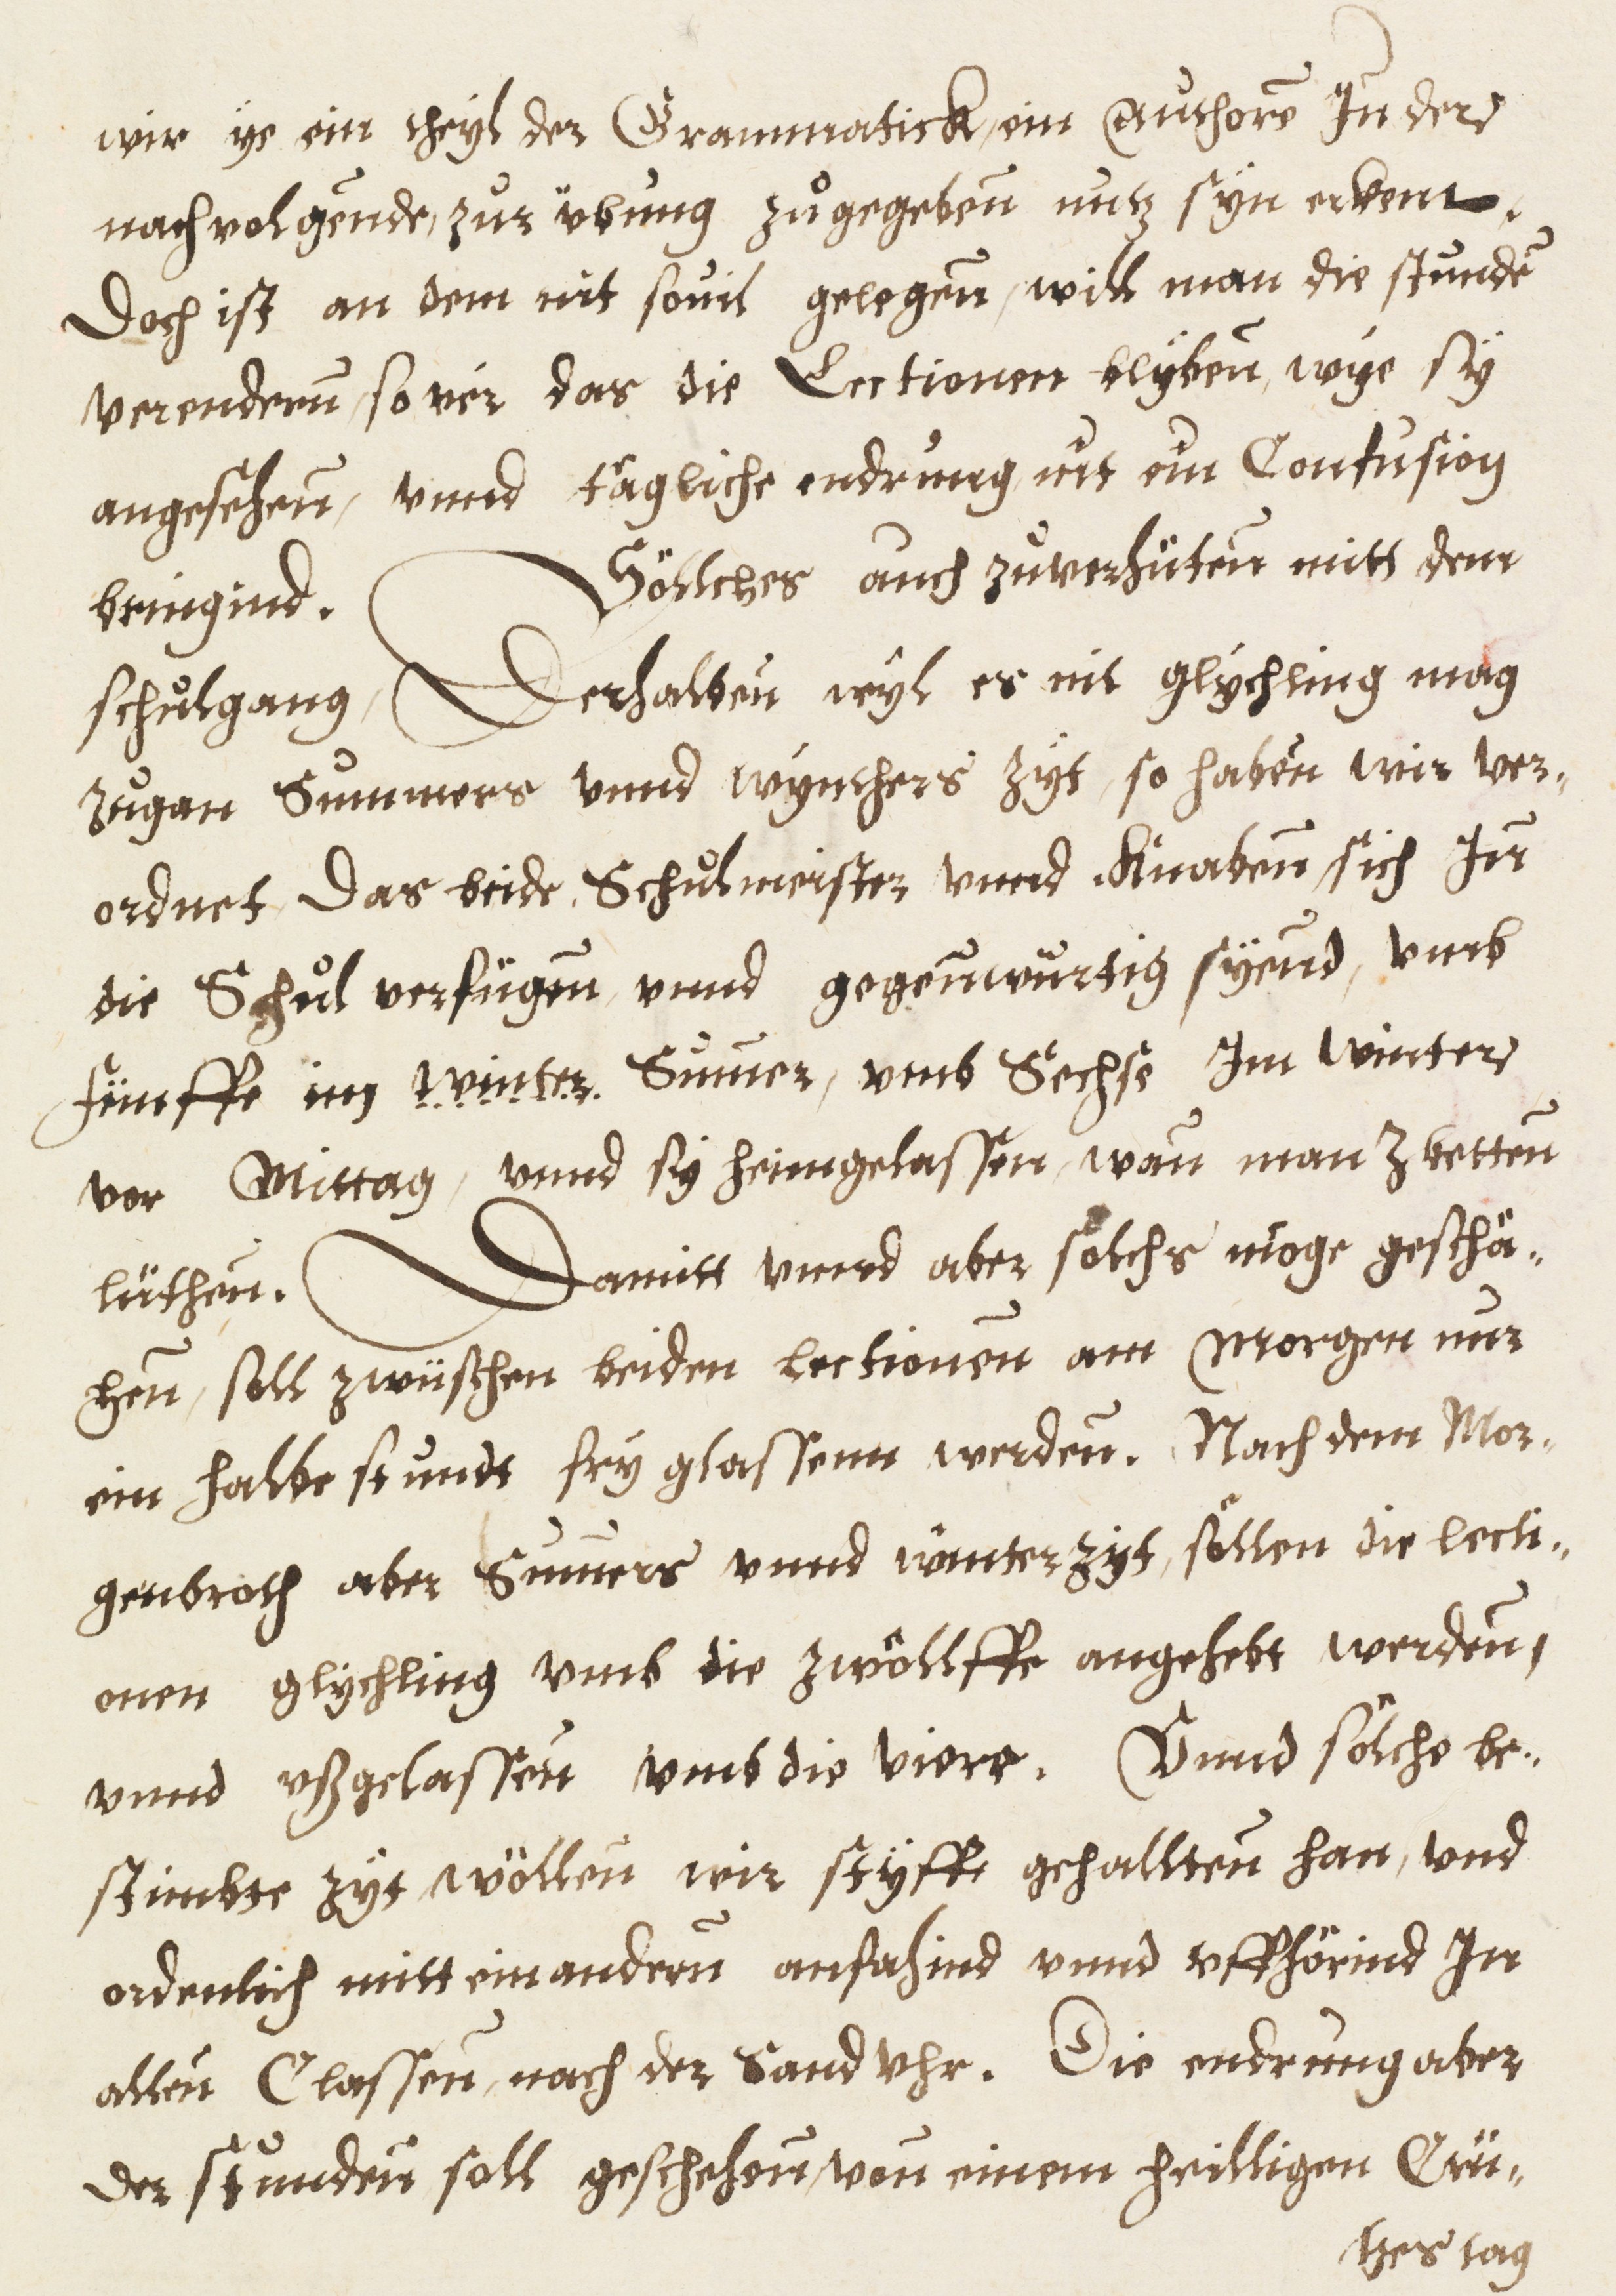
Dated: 1576–1577